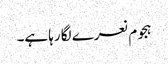
ہجوم نعرے لگا رہا ہے۔